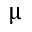
\upmu